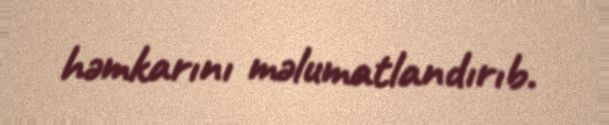
həmkarını məlumatlandırıb.